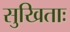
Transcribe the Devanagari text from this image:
सुखिताः